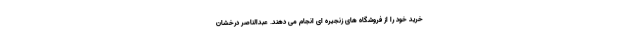
خرید خود را از فروشگاه های زنجیره ای انجام می دهند. عبدالناصر درخشان